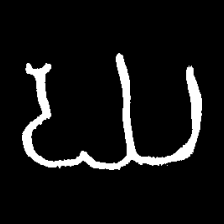
Pyu character \u2014 Myanmar letter: ဃ (romanized: gha)